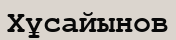
Хұсайынов